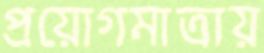
প্রয়োগমাত্রায়